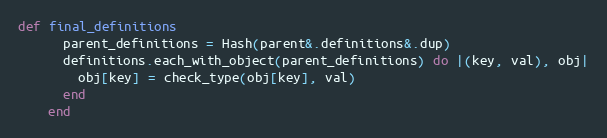
Language: Ruby
def final_definitions
      parent_definitions = Hash(parent&.definitions&.dup)
      definitions.each_with_object(parent_definitions) do |(key, val), obj|
        obj[key] = check_type(obj[key], val)
      end
    end